Indian journal of veterinary science and animal husbandry - Volume 13,
Year: 1943
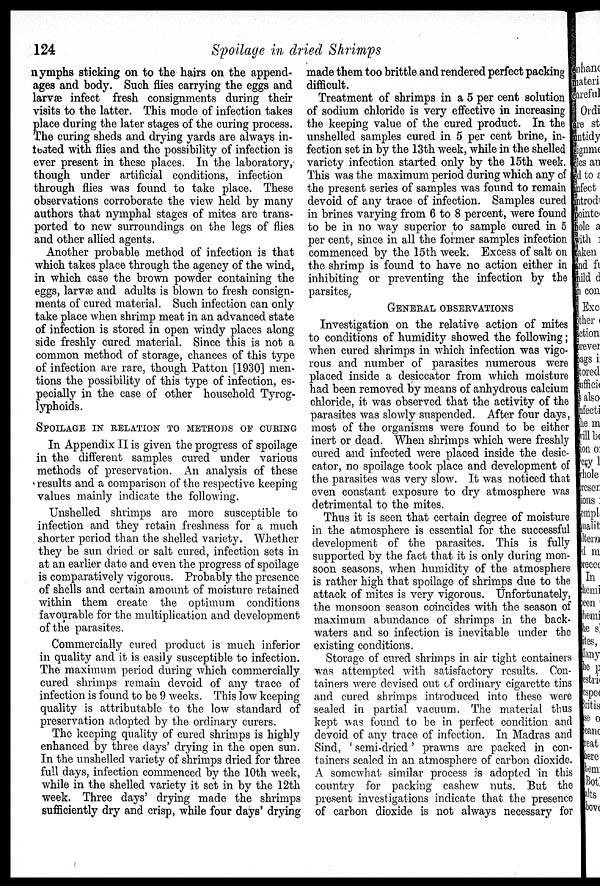
124
Spoilage in dried Shrimps
nymphs sticking on to the hairs on the append-
ages and body. Such flies carrying the eggs and
larvæ infect fresh consignments during their
visits to the latter. This mode of infection takes
place during the later stages of the curing process.
The curing sheds and drying yards are always in-
fested with flies and the possibility of infection is
ever present in these places. In the laboratory,
though under artificial conditions, infection
through flies was found to take place. These
observations corroborate the view held by many
authors that nymphal stages of mites are trans-
ported to new surroundings on the legs of flies
and other allied agents.
Another probable method of infection is that
which takes place through the agency of the wind,
in which case the brown powder containing the
eggs, larvæ and adults is blown to fresh consign-
ments of cured material. Such infection can only
take place when shrimp meat in an advanced state
of infection is stored in open windy places along
side freshly cured material. Since this is not a
common method of storage, chances of this type
of infection are rare, though Patton [1930] men-
tions the possibility of this type of infection, es-
pecially in the case of other household Tyrog-
lyphoids.
SPOILAGE IN RELATION TO METHODS OF CURING
In Appendix II is given the progress of spoilage
in the different samples cured under various
methods of preservation. An analysis of these
results and a comparison of the respective keeping
values mainly indicate the following.
Unshelled shrimps are more susceptible to
infection and they retain freshness for a much
shorter period than the shelled variety. Whether
they be sun dried or salt cured, infection sets in
at an earlier date and even the progress of spoilage
is comparatively vigorous. Probably the presence
of shells and certain amount of moisture retained
within them create the optimum conditions
favourable for the multiplication and development
of the parasites.
Commercially cured product is much inferior
in quality and it is easily susceptible to infection.
The maximum period during which commercially
cured shrimps remain devoid of any trace of
infection is found to be 9 weeks. This low keeping
quality is attributable to the low standard of
preservation adopted by the ordinary curers.
The keeping quality of cured shrimps is highly
enhanced by three days' drying in the open sun.
In the unshelled variety of shrimps dried for three
full days, infection commenced by the 10th week,
while in the shelled variety it set in by the 12th
week. Three days' drying made the shrimps
sufficiently dry and crisp, while four days' drying
made them too brittle and rendered perfect packing
difficult.
Treatment of shrimps in a 5 per cent solution
of sodium chloride is very effective in increasing
the keeping value of the cured product. In the
unshelled samples cured in 5 per cent brine, in-
fection set in by the 13th week, while in the shelled
variety infection started only by the 15th week.
This was the maximum period during which any of
the present series of samples was found to remain
devoid of any trace of infection. Samples cured
in brines varying from 6 to 8 percent, were found
to be in no way superior to sample cured in 5
per cent, since in all the former samples infection
commenced by the 15th week. Excess of salt on
the shrimp is found to have no action either in
inhibiting or preventing the infection by the
parsites.
GENERAL OBSERVATIONS
Investigation on the relative action of mites
to conditions of humidity showed the following;
when cured shrimps in which infection was vigo-
rous and number of parasites numerous were
placed inside a desiccator from which moisture
had been removed by means of anhydrous calcium
chloride, it was observed that the activity of the
parasites was slowly suspended. After four days,
most of the organisms were found to be either
inert or dead. When shrimps which were freshly
cured and infected were placed inside the desic-
cator, no spoilage took place and development of
the parasites was very slow. It was noticed that
even constant exposure to dry atmosphere was
detrimental to the mites.
Thus it is seen that certain degree of moisture
in the atmosphere is essential for the successful
development of the parasites. This is fully
supported by the fact that it is only during mon-
soon seasons, when humidity of the atmosphere
is rather high that spoilage of shrimps due to the
attack of mites is very vigorous. Unfortunately,
the monsoon season coincides with the season of
maximum abundance of shrimps in the back-
waters and so infection is inevitable under the
existing conditions.
Storage of cured shrimps in air tight containers
was attempted with satisfactory results. Con-
tainers were devised out of ordinary cigarette tins
and cured shrimps introduced into these were
sealed in partial vacuum. The material thus
kept was found to be in perfect condition and
devoid of any trace of infection. In Madras and
Sind, ' semi-dried ' prawns are packed in con-
tainers sealed in an atmosphere of carbon dioxide.
A somewhat similar process is adopted in this
country for packing cashew nuts. But the
present investigations indicate that the presence
of carbon dioxide is not always necessary for